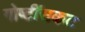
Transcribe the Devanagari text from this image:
गोष्टींसकट